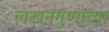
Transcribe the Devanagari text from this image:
लेखनगुणांच्या